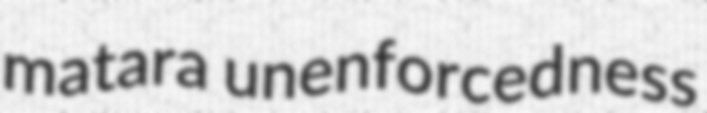
matara unenforcedness